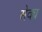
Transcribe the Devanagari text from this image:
सेक्य